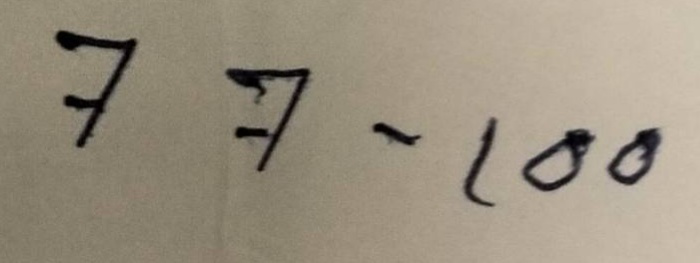
77 - 100